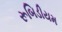
રૂબિડીયમ